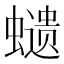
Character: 𧒭